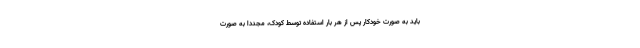
باید به صورت خودکار پس از هر بار استفاده توسط کودک، مجدداً به صورت